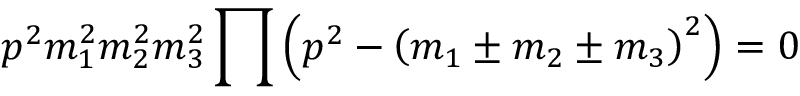
p ^ { 2 } m _ { 1 } ^ { 2 } m _ { 2 } ^ { 2 } m _ { 3 } ^ { 2 } \prod \left( p ^ { 2 } - \left( m _ { 1 } \pm m _ { 2 } \pm m _ { 3 } \right) ^ { 2 } \right) = 0